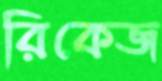
রিকেজ